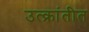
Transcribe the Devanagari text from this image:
उत्क्रांतीत